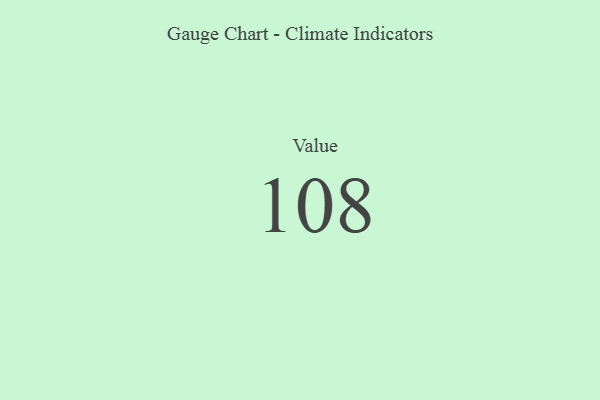
{"axis": {"x": "Metric", "y": "Value"}, "legend": [""], "data": [{"x": "Value", "y": 108, "type": ""}]}